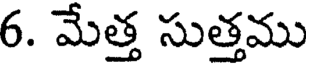
6. మేత్త సుత్తము